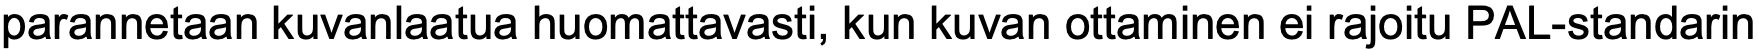
parannetaan kuvanlaatua huomattavasti, kun kuvan ottaminen ei rajoitu PAL-standarin